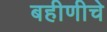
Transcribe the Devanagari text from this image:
बहीणीचे